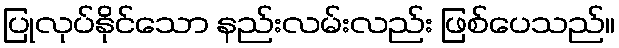
ပြုလုပ်နိုင်သော နည်းလမ်းလည်း ဖြစ်ပေသည်။